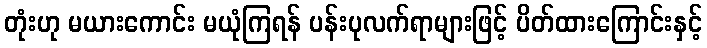
တုံးဟု မယားကောင်း မယုံကြရန် ပန်းပုလက်ရာများဖြင့် ပိတ်ထားကြောင်းနှင့်